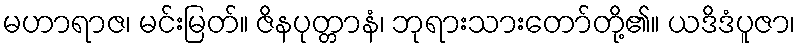
မဟာရာဇ၊ မင်းမြတ်။ ဇိနပုတ္တာနံ၊ ဘုရားသားတော်တို့၏။ ယဒိဒံပူဇာ၊